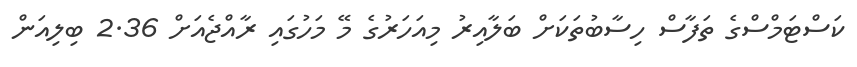
ކަސްޓަމްސްގެ ތަފާސް ހިސާބުތަކަށް ބަލާއިރު މިއަހަރުގެ މޭ މަހުގައި ރާއްޖެއަށް 2.36 ބިލިއަން